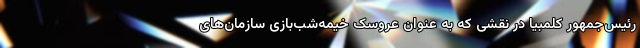
رئیس‌جمهور کلمبیا در نقشی که به عنوان عروسک خیمه‌شب‌بازی سازمان‌های